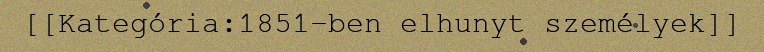
[[Kategória:1851-ben elhunyt személyek]]